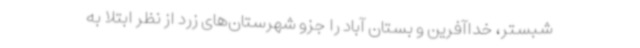
شبستر، خداآفرین و بستان آباد را جزو شهرستان‌های زرد از نظر ابتلا به